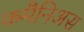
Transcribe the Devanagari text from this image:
कमैनिअस